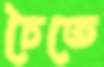
চৈতে